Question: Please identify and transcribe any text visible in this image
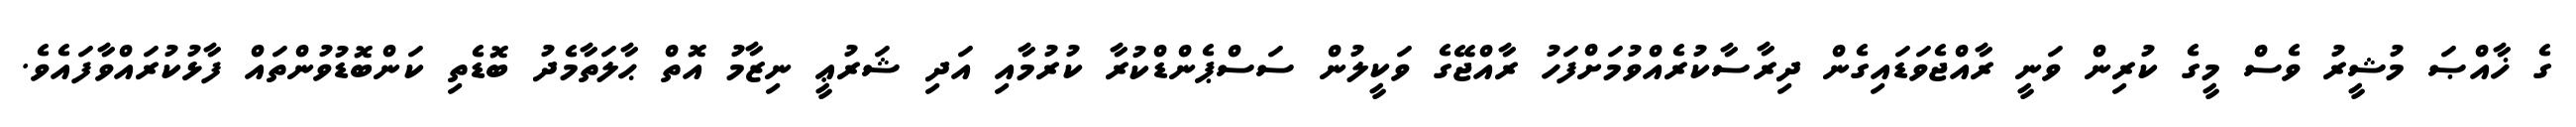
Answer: ގެ ޚާއްޞަ މުޝީރު ވެސް މީގެ ކުރިން ވަނީ ރާއްޖެވަޑައިގެން ދިރާސާކުރެއްވުމަށްފަހު ރާއްޖޭގެ ވަކީލުން ސަސްޕެންޑްކުރާ ކުރުމާއި އަދި ޝަރުޢީ ނިޒާމު އޮތް ޙާލަތާމެދު ބޮޑެތި ކަންބޮޑުވުންތައް ފާޅުކުރައްވާފައެވެ.